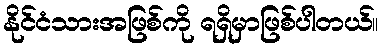
နိုင်ငံသားအဖြစ်ကို ရရှိမှာဖြစ်ပါတယ်။